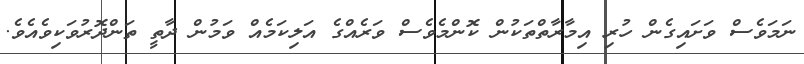
ނަމަވެސް ވަށައިގެން ހުރި އިމާރާތްތަކުން ކޮންމެވެސް ވަރެއްގެ އަލިކަމެއް ވަމުން ދާތީ ތަންދޮރުވަކިވެއެވެ.